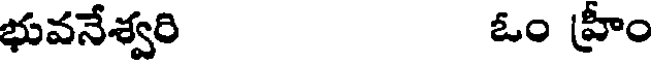
భువనేశ్వరి ఓం హ్రీం